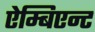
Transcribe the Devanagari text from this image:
ऐम्बिएन्ट